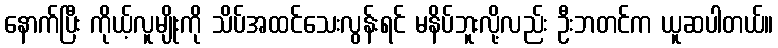
နောက်ပြီး ကိုယ့်လူမျိုးကို သိပ်အထင်သေးလွန်းရင် မနိပ်ဘူးလို့လည်း ဦးဘတင်က ယူဆပါတယ်။